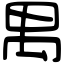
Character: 禺